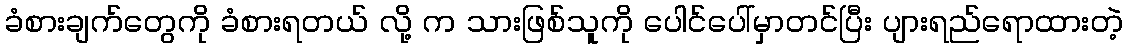
ခံစားချက်တွေကို ခံစားရတယ် လို့ က သားဖြစ်သူကို ပေါင်ပေါ်မှာတင်ပြီး ပျားရည်ရောထားတဲ့